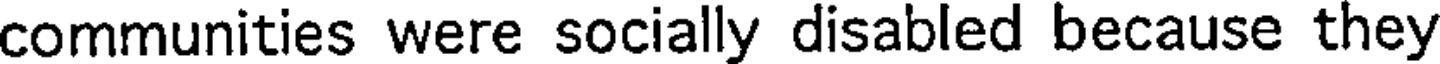
communities were socially disabled because they